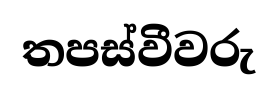
තපස්වීවරු